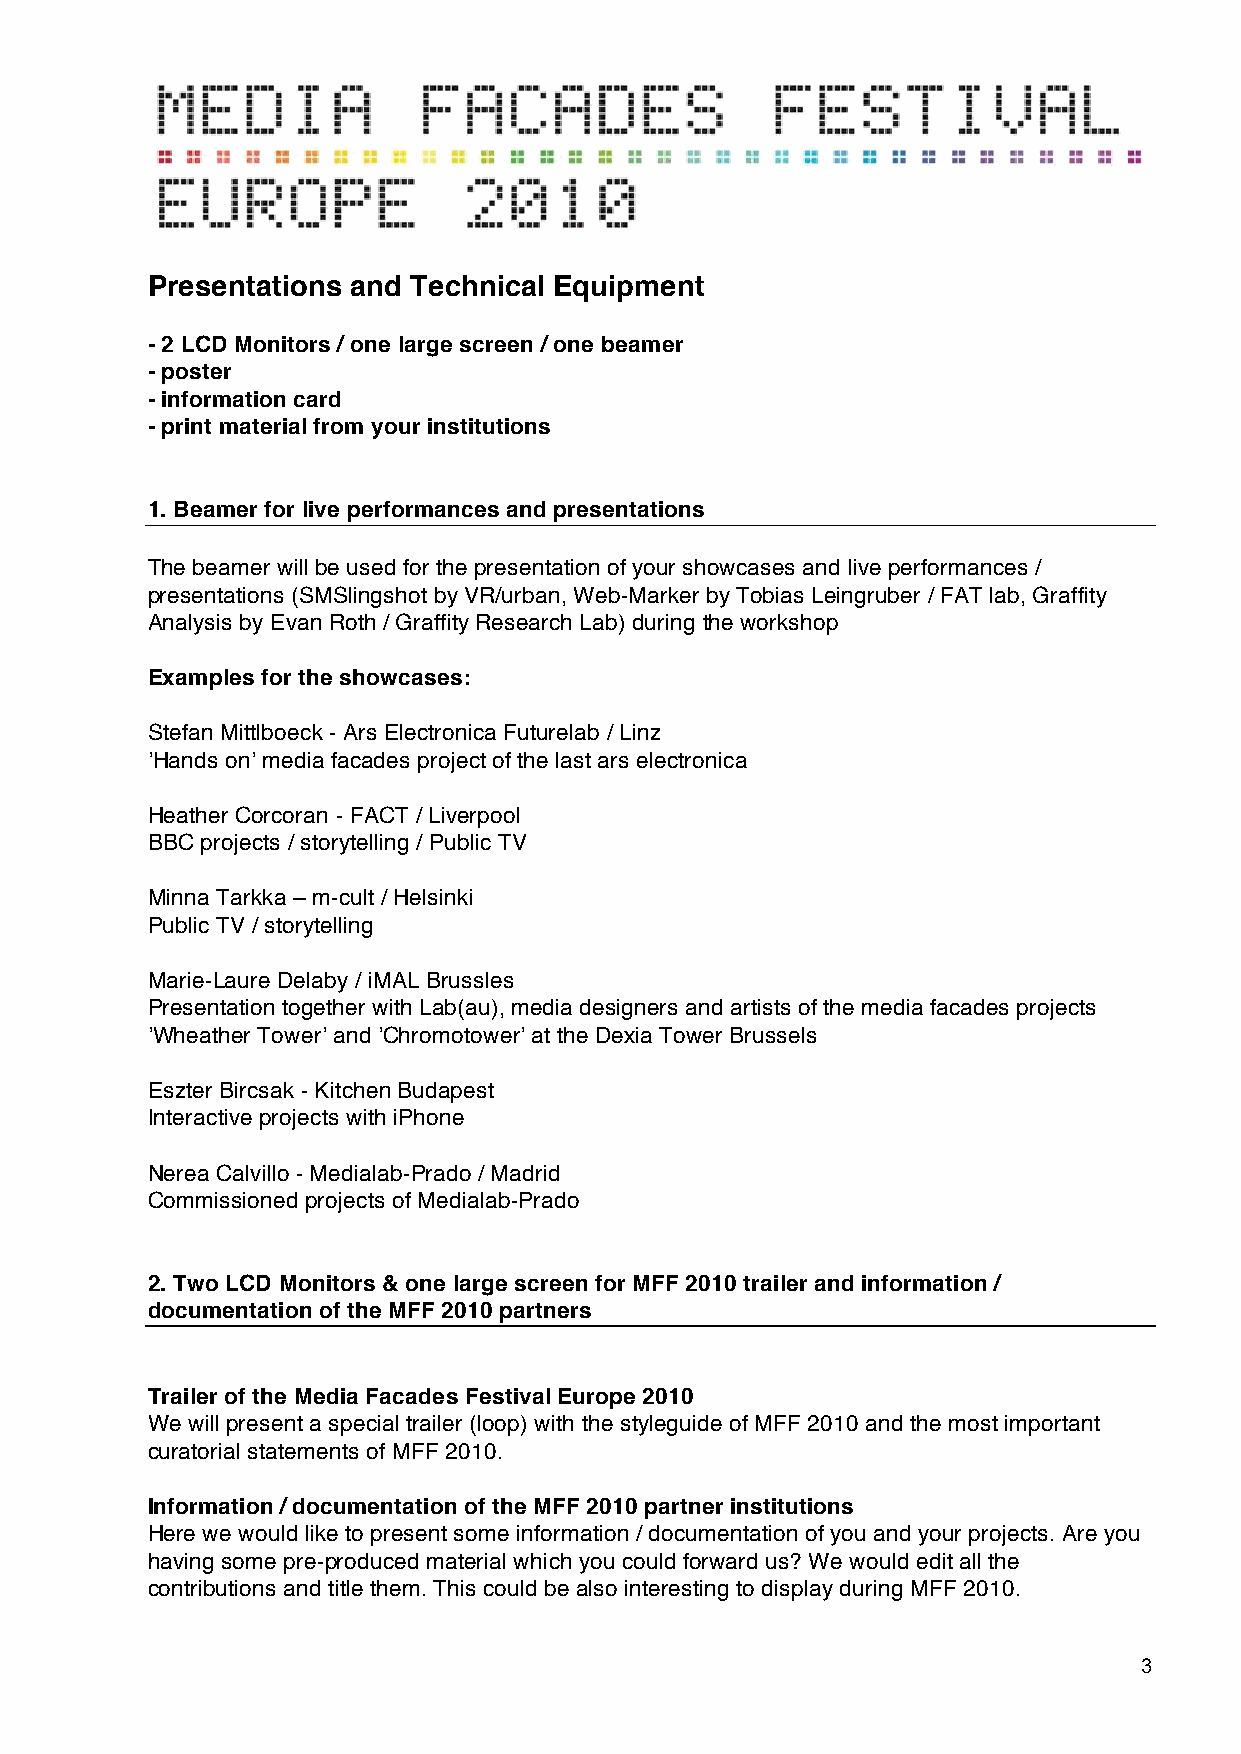
Presentations and Technical Equipment
 - 2 LCD Monitors / one large screen / one beamer
 - poster
 - information card
 - print material from your institutions
 1. Beamer for live performances and presentations
 The beamer will be used for the presentation of your showcases and live performances /
 presentations (SMSlingshot by VR/urban, Web-Marker by Tobias Leingruber / FAT lab, Graffity
 Analysis by Evan Roth / Graffity Research Lab) during the workshop
 Examples for the showcases:
 Stefan Mittlboeck - Ars Electronica Futurelab / Linz
 !Hands on! media facades project of the last ars electronica
 Heather Corcoran - FACT / Liverpool
 BBC projects / storytelling / Public TV
 Minna Tarkka – m-cult / Helsinki
 Public TV / storytelling
 Marie-Laure Delaby / iMAL Brussles
 Presentation together with Lab(au), media designers and artists of the media facades projects
 !Wheather Tower! and !Chromotower! at the Dexia Tower Brussels
 Eszter Bircsak - Kitchen Budapest
 Interactive projects with iPhone
 Nerea Calvillo - Medialab-Prado / Madrid
 Commissioned projects of Medialab-Prado
 2. Two LCD Monitors & one large screen for MFF 2010 trailer and information /
 documentation of the MFF 2010 partners
 Trailer of the Media Facades Festival Europe 2010
 We will present a special trailer (loop) with the styleguide of MFF 2010 and the most important
 curatorial statements of MFF 2010.
 Information / documentation of the MFF 2010 partner institutions
 Here we would like to present some information / documentation of you and your projects. Are you
 having some pre-produced material which you could forward us? We would edit all the
 contributions and title them. This could be also interesting to display during MFF 2010.
 3